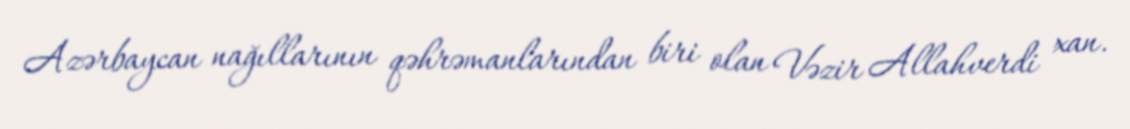
Azərbaycan nağıllarının qəhrəmanlarından biri olan Vəzir Allahverdi xan.